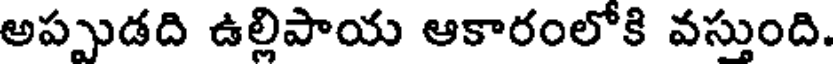
అప్పుడది ఉల్లిపాయ ఆకారంలోకి వస్తుంది.